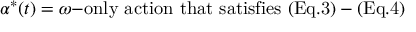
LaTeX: \alpha ^ { * } ( t ) = \omega { \mathrm { - o n l y ~ a c t i o n ~ t h a t ~ s a t i s f i e s ~ ( E q . 3 ) - ( E q . 4 ) } }